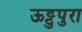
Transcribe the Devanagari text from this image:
ऊट्टुपुरा